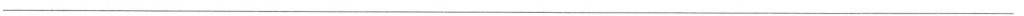
___